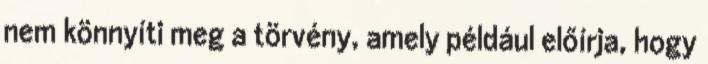
nem könnyíti meg a törvény, amely például előírja, hogy